Report of the Indian Hemp Drugs Commission, 1894-1895 - Volume VIII
Year: 1894
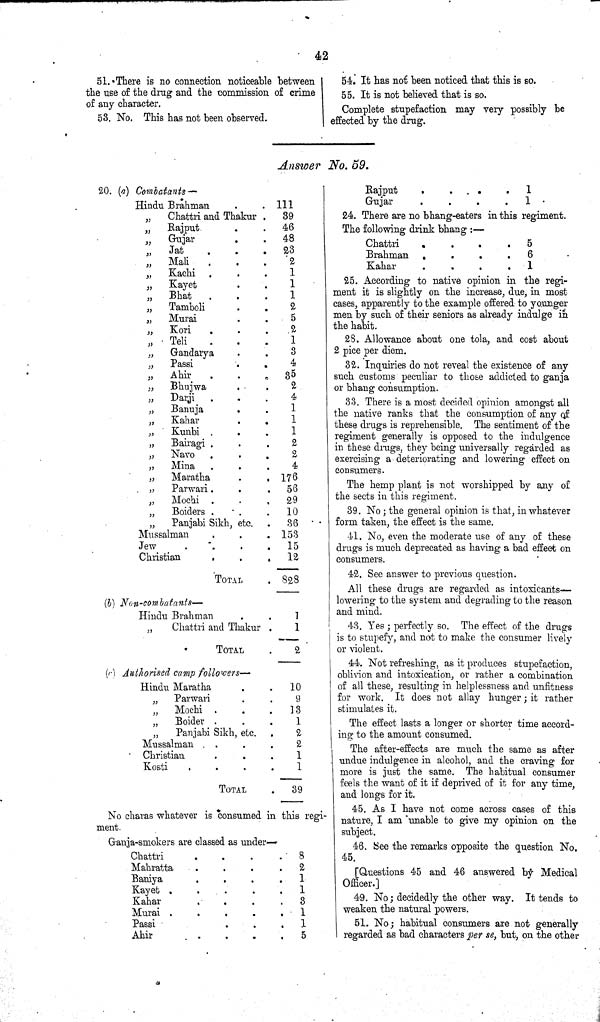
42
51. There is no connection noticeable between
the use of the drug and the commission of crime
of any character.
53. No. This has not been observed.
54. It has not been noticed that this is so.
55. It is not believed that is so.
Complete stupefaction may very possibly be
effected by the drug.
Answer No. 59.
20. (a) Combatants—
Hindu Brahman
111
"
Chattri and Thakur
39
"
Rajput
46
"
Gujar
48
"
Jat
S3
"
Mali
2
"
Kachi
1
"
Kayet
1
"
Bhat
1
"
Tamboli
2
"
Murai
5
"
Kori
2
"
Teli
1
"
Gandarya
3
"
Passi
4
"
Ahir
35
"
Bhujwa
2
"
Darji
4
"
Banuja
1
"
Kahar
1
"
Kunbi
1
"
Bairagi
2
"
Navo
2
"
Mina
4
"
Maratha
176
"
Parwari.
56
"
Mochi
29
"
Boiders
10
"
Panjabi Sikh, etc.
36
Mussalman
153
Jew
15
Christian
12
TOTAL
828
(b)
Non-combatants—
Hindu Brahman
"
Chattri and Thakur
1
1
TOTAL
2
(c) Authorised camp followers—
Hindu Maratha
10
"
Parwari
9
"
Mochi
13
"
Boider
1
"
Panjabi Sikh, etc.
2
Mussalman
2
Christian
1
Kosti
1
TOTAL
39
No charas whatever is consumed in this regi-
ment.
Ganja-smokers are classed as under—
Chattri
8
Mahratta
2
Baniya
1
Kayet
1
Kahar
3
Murai
1
Passi
1
Ahir
5
Rajput
1
Gujar
1
24. There are no bhang-eaters in this regiment.
The following drink bhang:—
24. There are no bhang-eaters in this regiment.
The following drink bhang:—
Chattri
5
Brahman
6
Kahar
1
25. According to native opinion in the regi-
ment it is slightly on the increase, due, in most
cases, apparently to the example offered to younger
men by such of their seniors as already indulge in
the habit.
28. Allowance about one tola, and cost about
2 pice per diem.
32. Inquiries do not reveal the existence of any
such customs peculiar to those addicted to ganja
or bhang consumption.
33. There is a most decided opinion amongst all
the native ranks that the consumption of any of
these drugs is reprehensible. The sentiment of the
regiment generally is opposed to the indulgence
in these drugs, they being universally regarded as
exercising a deteriorating and lowering effect on
consumers.
The hemp plant is not worshipped by any of
the sects in this regiment.
39. No; the general opinion is that, in whatever
form taken, the effect is the same.
41. No, even the moderate use of any of these
drugs is much deprecated as having a bad effect on
consumers.
42. See answer to previous question.
All these drugs are regarded as intoxicants-
lowering to the system and degrading to the reason
and mind.
43. Yes; perfectly so. The effect of the drugs
is to stupefy, and not to make the consumer lively
or violent.
44. Not refreshing, as it produces stupefaction,
oblivion and intoxication, or rather a combination
of all these, resulting in helplessness and unfitness
for work. It does not allay hunger; it rather
stimulates it.
The effect lasts a longer or shorter time accord-
ing to the amount consumed.
The after-effects are much the same as after
undue indulgence in alcohol, and the craving for
more is just the same. The habitual consumer
feels the want of it if deprived of it for any time,
and longs for it.
45. As I have not come across cases of this
nature, I am unable to give my opinion on the
subject.
46. See the remarks opposite the question No.
45.
[Questions 45 and 46 answered by Medical
Officer.]
49. No; decidedly the other way. It tends to
weaken the natural powers.
51. No; habitual consumers are not generally
regarded as bad characters per se, but, on the other